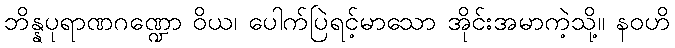
ဘိန္နပုရာဏဂဏ္ဍော ဝိယ၊ ပေါက်ပြဲရင့်မာသော အိုင်းအမာကဲ့သို့။ နဝဟိ